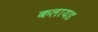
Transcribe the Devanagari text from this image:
कलायड